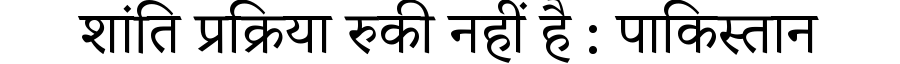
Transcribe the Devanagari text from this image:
शांति प्रक्रिया रुकी नहीं है : पाकिस्तान